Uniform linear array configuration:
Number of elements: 64
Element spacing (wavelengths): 1
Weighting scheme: hann
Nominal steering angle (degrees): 0
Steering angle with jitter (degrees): -1.457
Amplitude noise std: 0.05
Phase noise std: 0.05

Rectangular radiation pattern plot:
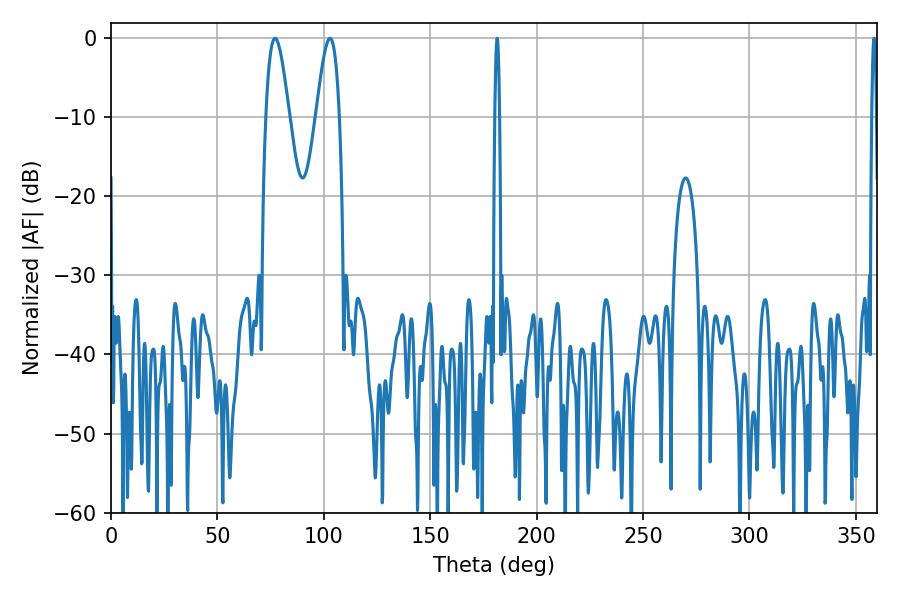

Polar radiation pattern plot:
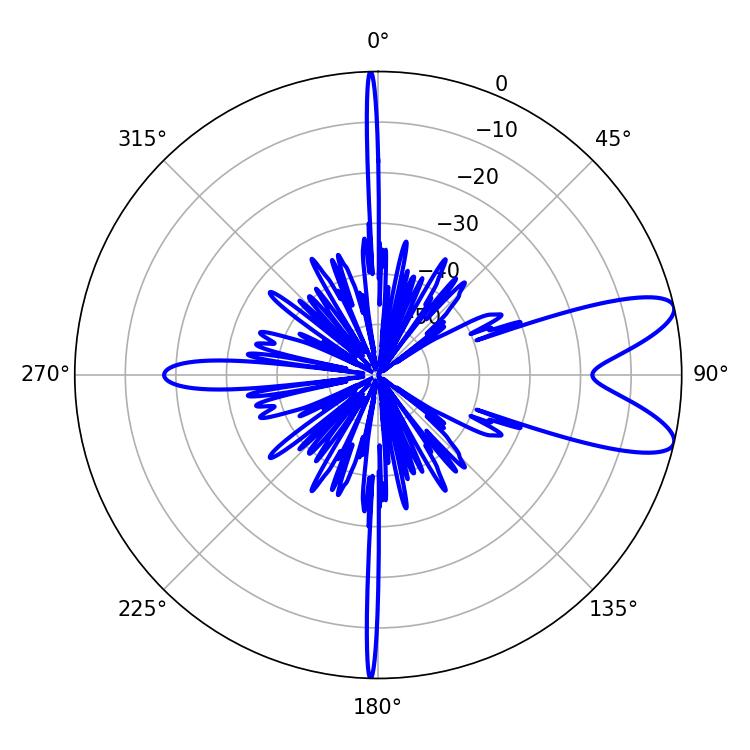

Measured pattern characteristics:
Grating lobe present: TRUE
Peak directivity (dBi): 9.563
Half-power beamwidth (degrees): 1.08
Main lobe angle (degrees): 181.44